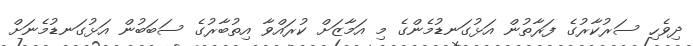
ދިވެހި ސަރުކާރުގެ ފަރާތުން އަޅުގަނޑުމެންގެ މި އަމާޒަށް ކުރައްވާ އިތުބާރުގެ ސަބަބުން އަޅުގަނޑުމެނަށް